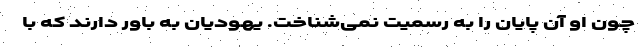
چون او آن پایان را به رسمیت نمی‌شناخت. یهودیان به باور دارند که با